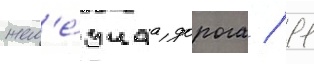
жел'е́знаа дорога / 11